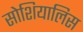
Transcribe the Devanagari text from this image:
सोशियालिस